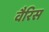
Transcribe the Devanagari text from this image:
वैरिस